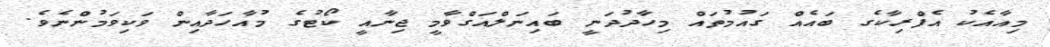
މިއާއެކު އެފްރިކާގެ ބައެއް ގައުމުތައް މިހާދުދަނީ ބައިނަލްއަގްވާމީ ޖިނާއީ ކޯޓުގެ މުއާހަދާއިން ވަކިވަމުންނެވެ.